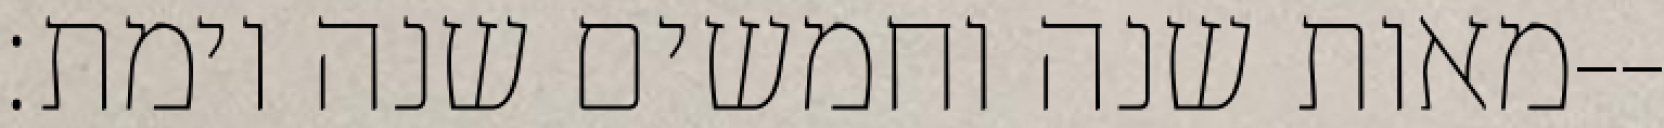
מאות שנה וחמשים שנה וימת׃--